Report of the King Institute of Preventive Medicine, Guindy
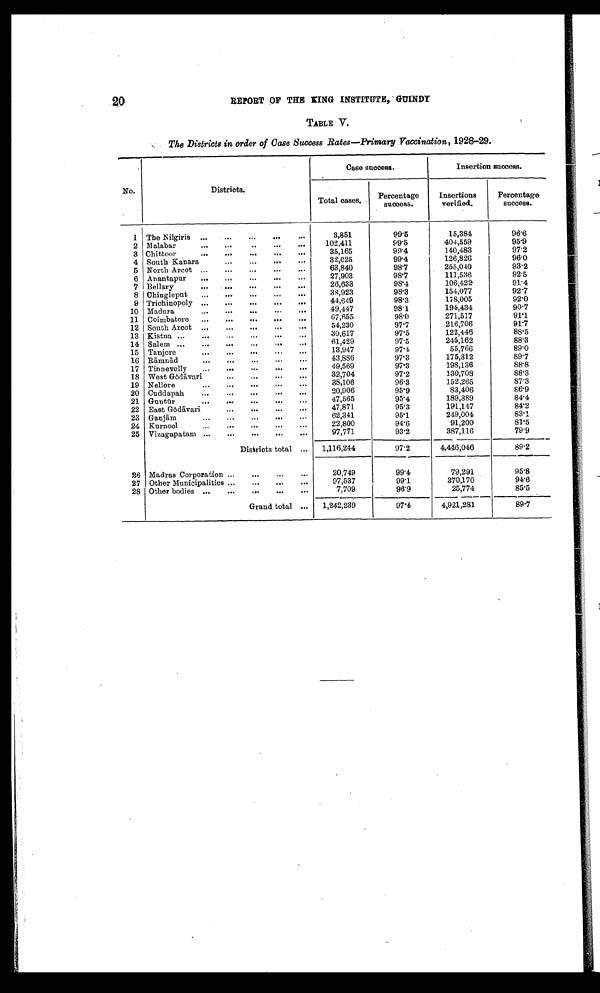
20
REPORT OF THE KING INSTITUTE, GUINDY
TABLE V.
The Districts in order of Case Success Rates—Primary Vaccination, 1928-29.
No.
Districts.
Case success.
Insertion success.
Total cases .
Percentage
success.
Insertions
verified.
Percentage
success.
1 The Nilgiris ...
...
...
...
3,851
99.5
15,384
96.6
2 Malabar
...
...
..
...
. . .
102,411
99.5
404,559
95.9
8 Chittoor. ...
...
...
...
...
35,165
99.4
140,483
97.2
4 South Kanara
...
...
.,..
. .
32,025
99.4
126,826
96.0
5 North Arcot ...
...
...
..,
63,840
98.7
255,040
93.2
6 Anantapur
..
...
...
27,903
98.7
111,536
92.5
7 Bellary
...
...
...
...
. . .
26,633
98.4
106,422
91.4
8 Chingleput
.
...
.
...
...
38,923
98.3
154,077
9 2 . 7
9 Trichinopoly ...
.,.
,..
...
...
44,649
98.3
178,005
92.0
10 Madura
...
...
...
...
. . .
49,447
98.1
191,434
9 0 . 7
11 Coimbatore
.
...
...
...
...
67,655
98.0
271,517
91.1
12 South Arcot ...
...
...
.
.
54,230
97.7
216,706
91.7
13 Kistna ,..
...
.
...
...
...
30,617
97.5
122,446
88.5
14 Salem ...
.
...
.
...
61,429
97.5
245,162
88.3
15 Tanjore
...
...
...
...
...
13,947
97.4
55,766
89.0
16 Rā mnād
...
...
...
...
...
43,886
97.3
175,312
89.7
17 Tinnevelly
...
...
...
...
49,569
97.3
198,136
88.8
18 West Gō dāvari
...
...
...
....
32,704
97.2
130,708
88.3
19 Nellore
...
...
. . .
. . .
. . .
38,106
96.3
152,265
87.3
20 Cuddapah
...
...
...
...
. . .
20,906
95.9
83,406
86.9
21 Guntū r
...
...
...
...
...
47,565
95.4
189,389
8 4 . 4
22 East Gō dāvari
..
. . .
. . .
. . .
47,871
95.3
191,147
84.2
23 Ganjām
...
...
...
...
..,
62,341
95.1
249,004
83.1
24 Kurnool
...
...
....
...
...
22,800
94.6
91,200
81.5
25 Vizagapatam ...
...
...
...
...
97,771
93.2
387,116
79.9
Districts total ...
1,116,244
97.2
4,446,046
89.2
26 Madras Corporation .
.
.
...
20,749
99.4
79,291
95.8
27 Other Municipalities ...
...
...
...
97,537
991.
370,170
94.6
28 Other bodies ...
...
...
...
...
7,709
96.9
25,774
85.5
Grand total ...
1,242,239
97.4
4,921,281
89.7